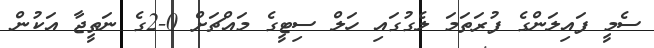
ސެމީ ފައިލަންގެ ފުރަތަމަ ލެގުގައި ހަލް ސިޓީގެ މައްޗަށް 0-2ގެ ނަތީޖާ އަކުން